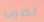
تضرب